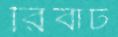
রিবাট